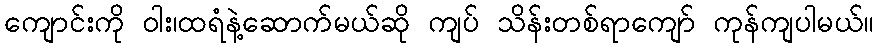
ကျောင်းကို ဝါး၊ထရံနဲ့ဆောက်မယ်ဆို ကျပ် သိန်းတစ်ရာကျော် ကုန်ကျပါမယ်။